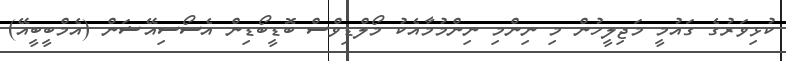
ކުޅިވަރުގެ ގައުމީ މަޖިލީހުން މި ނިންމި ނިންމުމާއެކު މޯލްޑިވްސް ބޮޑީބޯޑިން އެސޯސިއޭޝަން (އެމްބީބީއޭ)